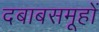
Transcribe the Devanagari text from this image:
दबाबसमूहों